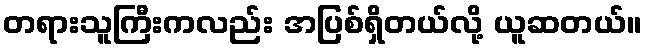
တရားသူကြီးကလည်း အပြစ်ရှိတယ်လို့ ယူဆတယ်။